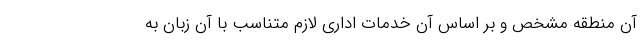
آن منطقه مشخص و بر اساس آن خدمات اداری لازم متناسب با آن زبان به